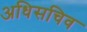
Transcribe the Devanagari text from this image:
अधिसचिव